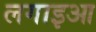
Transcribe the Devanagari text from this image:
लगाइआ